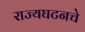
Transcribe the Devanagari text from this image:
राज्यघटनचे